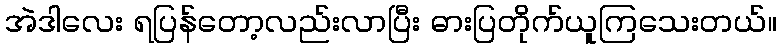
အဲဒါလေး ရပြန်တော့လည်းလာပြီး ဓားပြတိုက်ယူကြသေးတယ်။